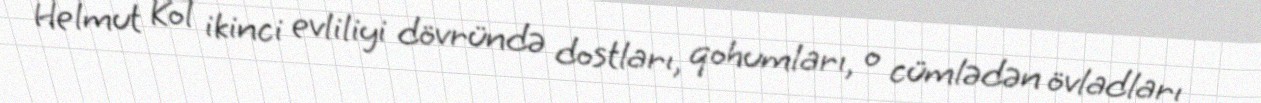
Helmut Kol ikinci evliliyi dövründə dostları, qohumları, o cümlədən övladları